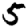
Digit: 5